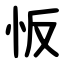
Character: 㤆